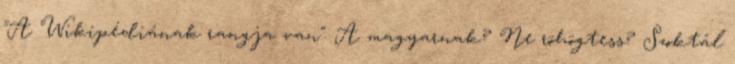
"A Wikipédiának rangja van". A magyarnak? Ne röhögtess? Szoktál